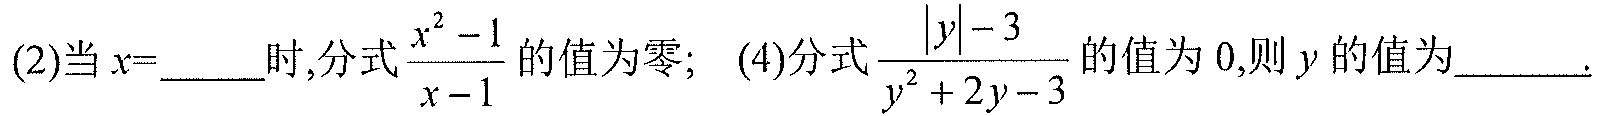
(2)当\(x = \)_____时,分式\(\dfrac{x^{2}-1}{x - 1}\)的值为零; (4)分式\(\dfrac{\vert y\vert - 3}{y^{2}+2y - 3}\)的值为\(0\),则\(y\)的值为_____.